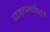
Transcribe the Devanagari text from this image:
उदाहरणसाहित्य